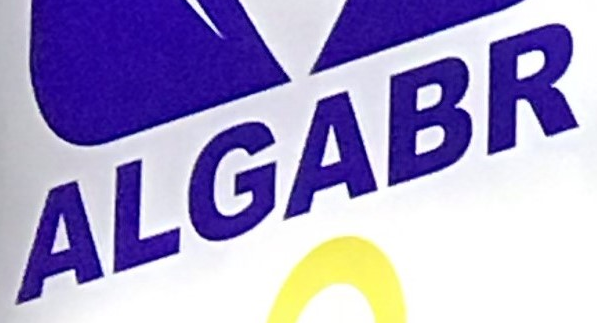
ALGABR